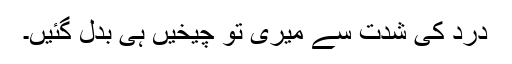
درد کی شدت سے میری تو چیخیں ہی بدل گئیں۔